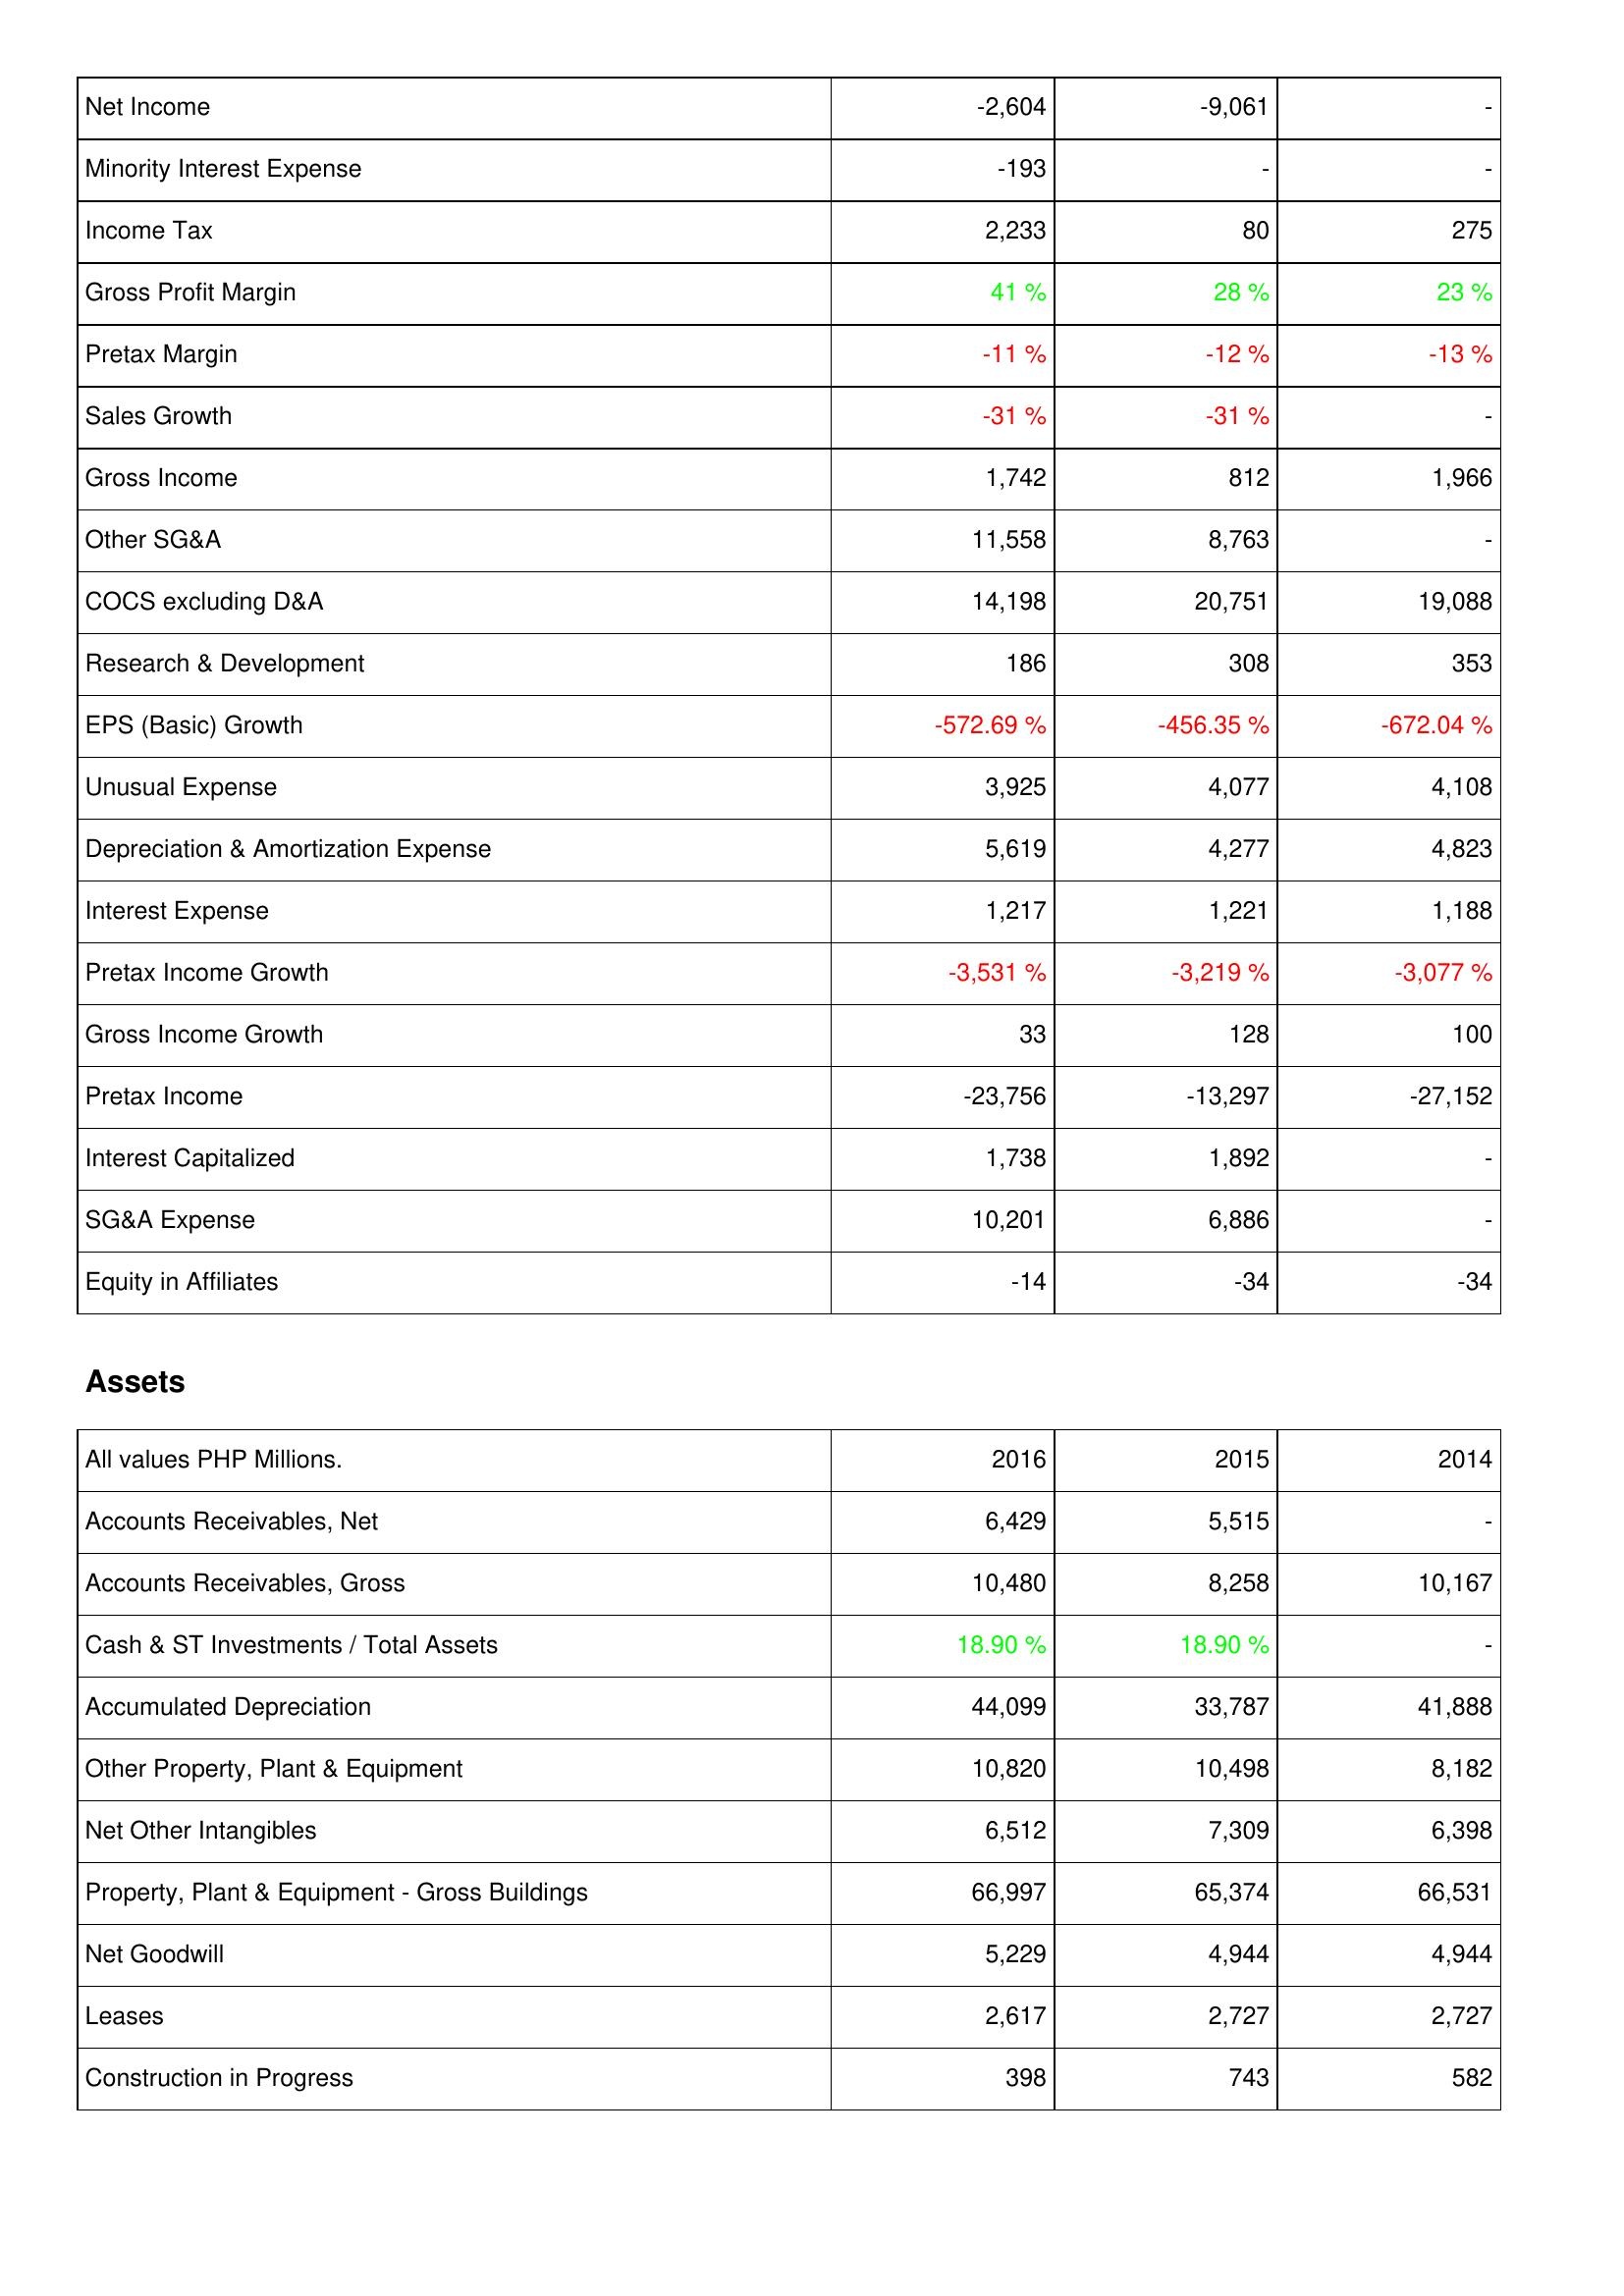
2016: Income Statement: Net Income: -2,604
Minority Interest Expense: -193
Income Tax: 2,233
Gross Profit Margin: 41 %
Pretax Margin: -11 %
Sales Growth: -31 %
Gross Income: 1,742
Other SG&A: 11,558
COCS excluding D&A: 14,198
Research & Development: 186
EPS (Basic) Growth: -572.69 %
Unusual Expense: 3,925
Depreciation & Amortization Expense: 5,619
Interest Expense: 1,217
Pretax Income Growth: -3,531 %
Gross Income Growth: 33
Pretax Income: -23,756
Interest Capitalized: 1,738
SG&A Expense: 10,201
Equity in Affiliates: -14
Assets: Accounts Receivables, Net: 6,429
Accounts Receivables, Gross: 10,480
Cash & ST Investments / Total Assets: 18.90 %
Accumulated Depreciation: 44,099
Other Property, Plant & Equipment: 10,820
Net Other Intangibles: 6,512
Property, Plant & Equipment - Gross Buildings: 66,997
Net Goodwill: 5,229
Leases: 2,617
Construction in Progress: 398
2015: Income Statement: Net Income: -9,061
Minority Interest Expense: -
Income Tax: 80
Gross Profit Margin: 28 %
Pretax Margin: -12 %
Sales Growth: -31 %
Gross Income: 812
Other SG&A: 8,763
COCS excluding D&A: 20,751
Research & Development: 308
EPS (Basic) Growth: -456.35 %
Unusual Expense: 4,077
Depreciation & Amortization Expense: 4,277
Interest Expense: 1,221
Pretax Income Growth: -3,219 %
Gross Income Growth: 128
Pretax Income: -13,297
Interest Capitalized: 1,892
SG&A Expense: 6,886
Equity in Affiliates: -34
Assets: Accounts Receivables, Net: 5,515
Accounts Receivables, Gross: 8,258
Cash & ST Investments / Total Assets: 18.90 %
Accumulated Depreciation: 33,787
Other Property, Plant & Equipment: 10,498
Net Other Intangibles: 7,309
Property, Plant & Equipment - Gross Buildings: 65,374
Net Goodwill: 4,944
Leases: 2,727
Construction in Progress: 743
2014: Income Statement: Net Income: -
Minority Interest Expense: -
Income Tax: 275
Gross Profit Margin: 23 %
Pretax Margin: -13 %
Sales Growth: -
Gross Income: 1,966
Other SG&A: -
COCS excluding D&A: 19,088
Research & Development: 353
EPS (Basic) Growth: -672.04 %
Unusual Expense: 4,108
Depreciation & Amortization Expense: 4,823
Interest Expense: 1,188
Pretax Income Growth: -3,077 %
Gross Income Growth: 100
Pretax Income: -27,152
Interest Capitalized: -
SG&A Expense: -
Equity in Affiliates: -34
Assets: Accounts Receivables, Net: -
Accounts Receivables, Gross: 10,167
Cash & ST Investments / Total Assets: -
Accumulated Depreciation: 41,888
Other Property, Plant & Equipment: 8,182
Net Other Intangibles: 6,398
Property, Plant & Equipment - Gross Buildings: 66,531
Net Goodwill: 4,944
Leases: 2,727
Construction in Progress: 582